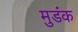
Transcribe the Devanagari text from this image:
मुडंक